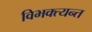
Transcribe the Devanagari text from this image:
विभक्त्यन्त